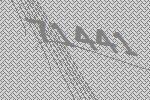
71441